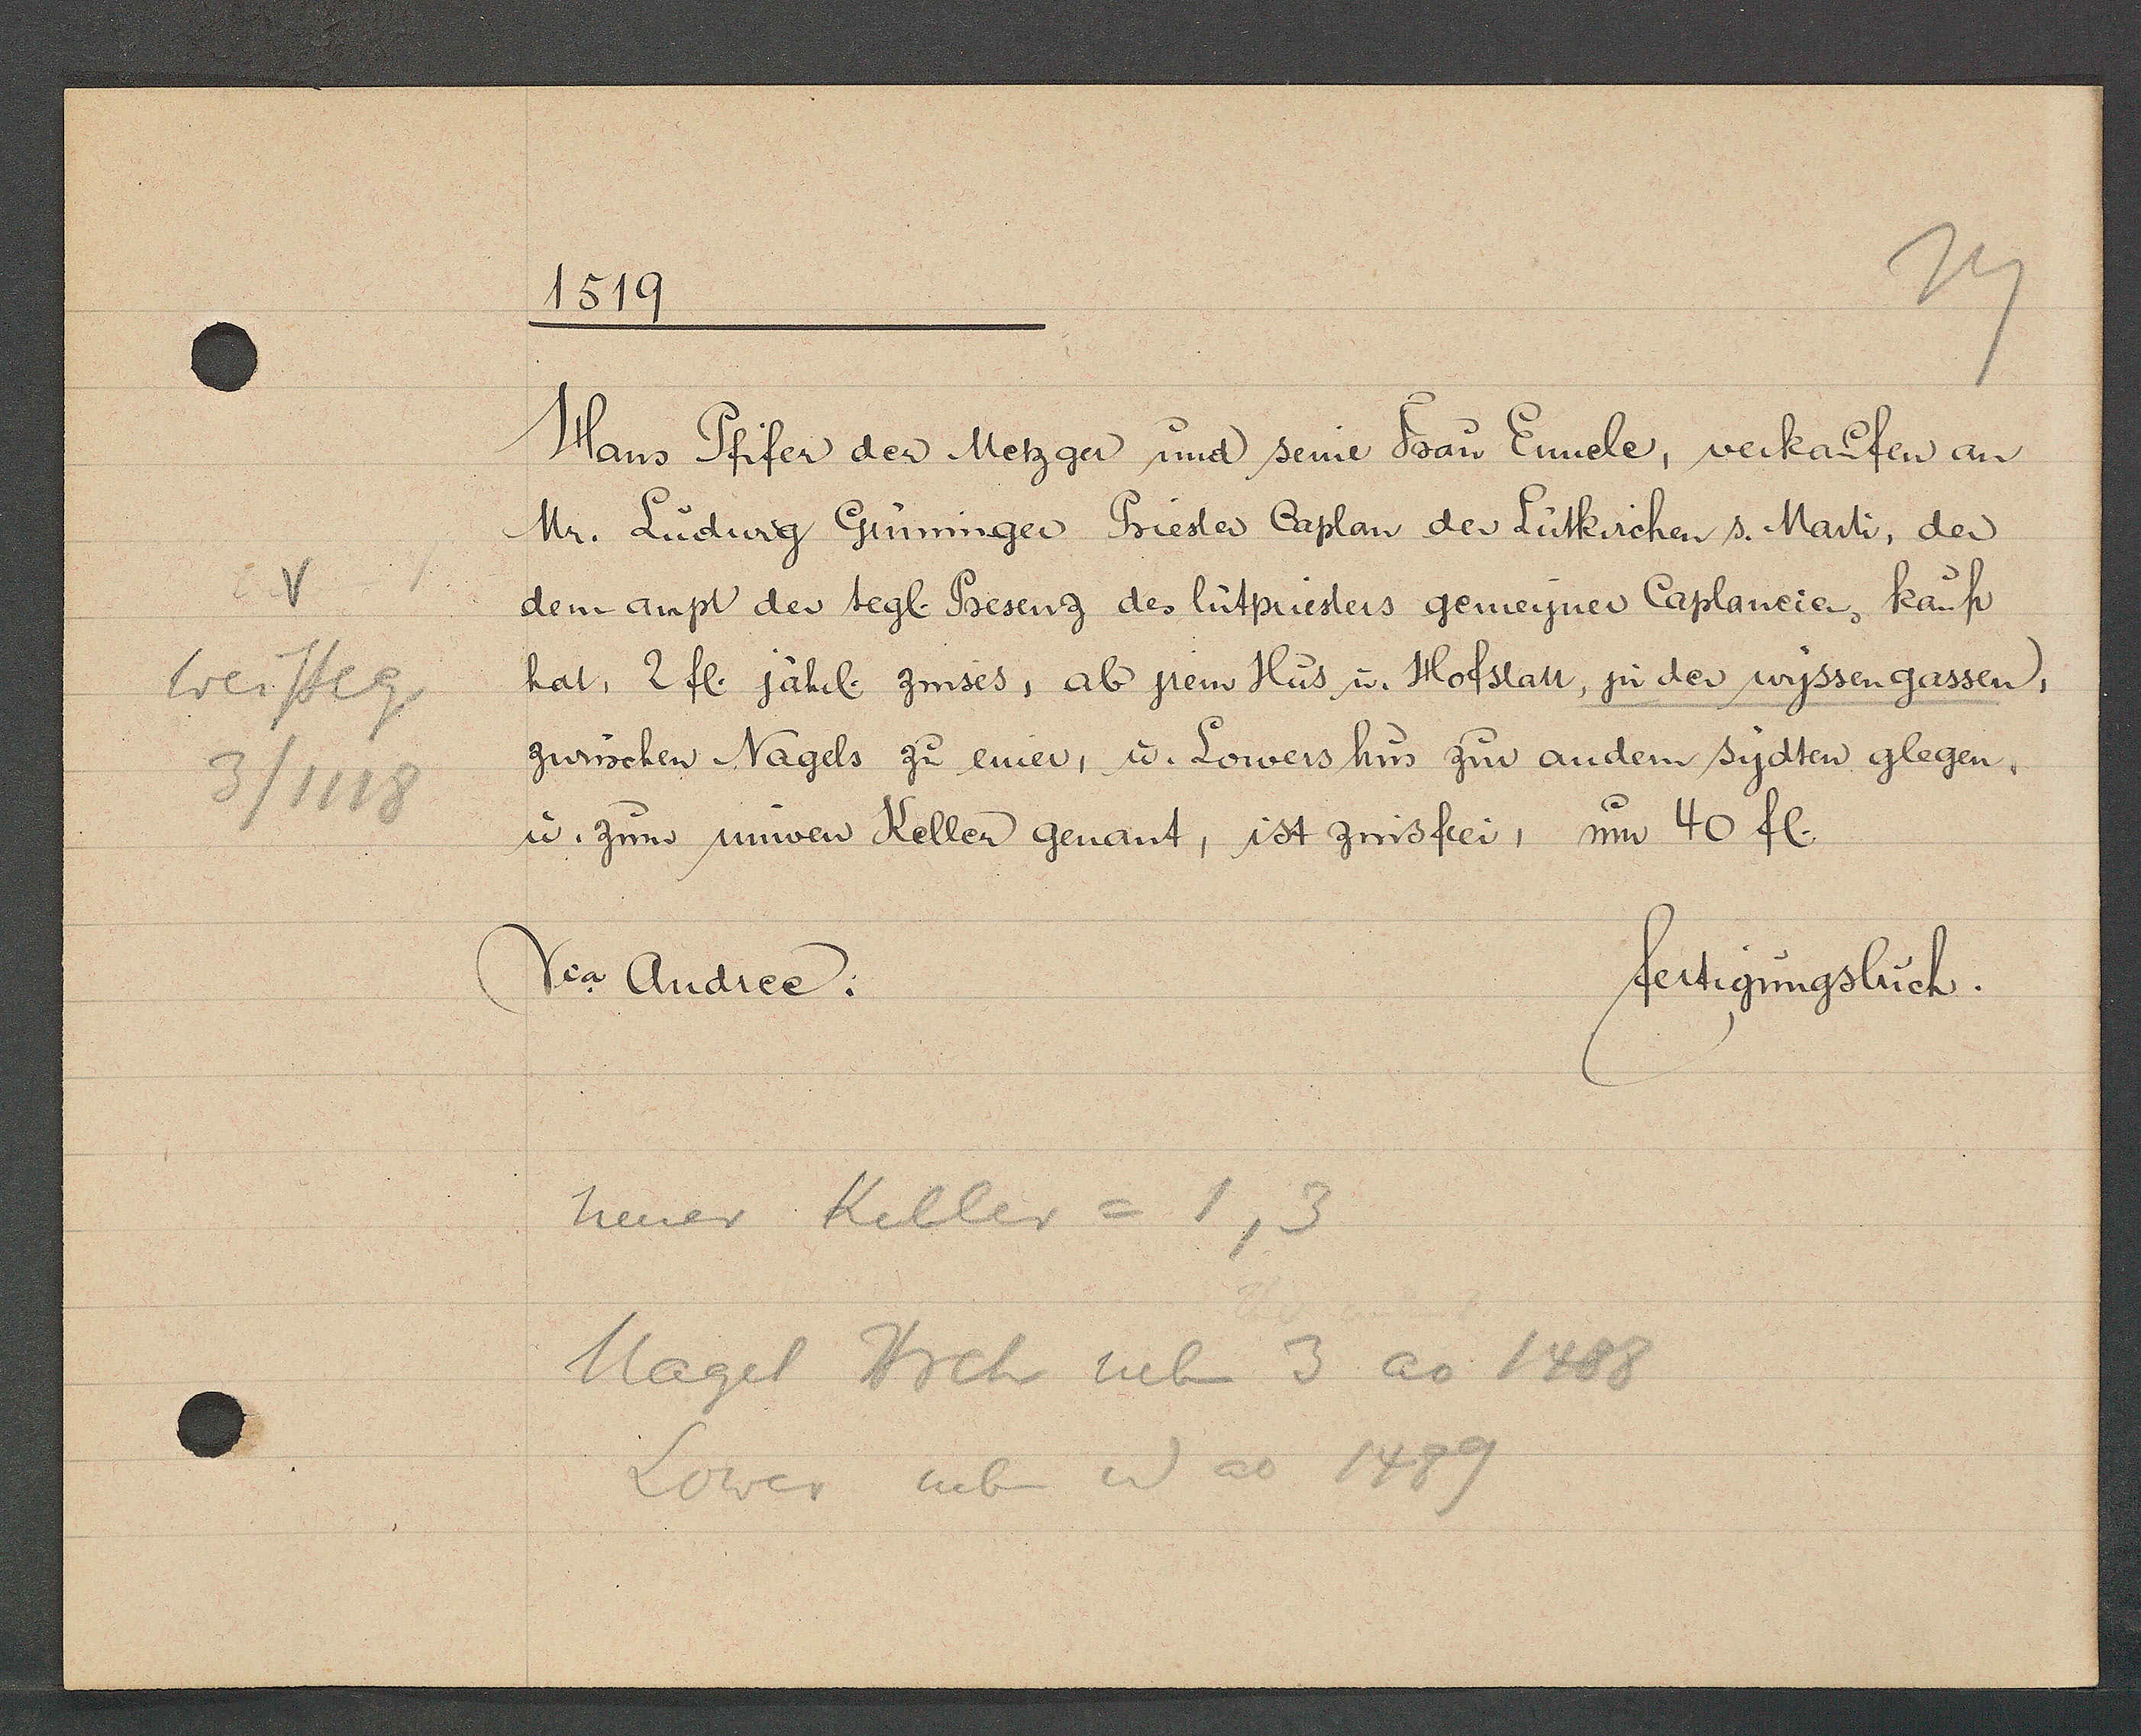
Transcript:
Weisseg
3/1118

1519

Hans Pfifer der Metzger und seine Frau Ennele, verkaufen an
Mr. Ludwig Grüninger Priester Caplan der Lütkirchen s. Marti, der
dem ampt der tegl. Presenz des lütpriesters gemeyner Caplaneien, kauft
hat, 2 fl. jährl. zinses, ab jrem Hus u. Hofstatt, zu der wyssengassen,
zwüschen Nagels zu einer, u. Lowers hus zur andern sydten glegen,
u. zum nuwen Keller genant, ist zinsfrei, um 40 fl.

Vca Andree.

neuer Keller = 1,3
Magel Hrch neben 3 ao 1488
Lower neben id ao 1489

fertigungsbuch.